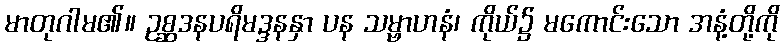
မာတုဂါမ၏။ ဥစ္ဆဒနပရိမဒ္ဒနနှာ ပန သမ္ဗာဟနံ၊ ကိုယ်၌ မကောင်းသော အနံ့တို့ကို